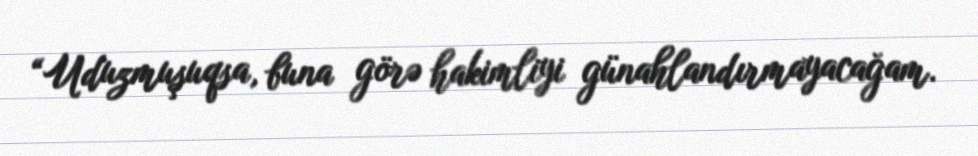
“Uduzmuşuqsa, buna görə hakimliyi günahlandırmayacağam.